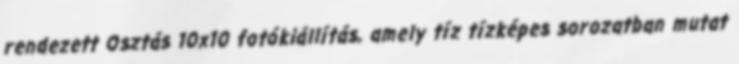
rendezett Osztás 10x10 fotókiállítás, amely tíz tízképes sorozatban mutat